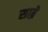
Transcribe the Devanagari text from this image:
साब्रे